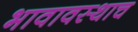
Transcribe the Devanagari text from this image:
भावावस्थाच